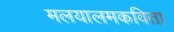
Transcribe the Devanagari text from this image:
मलयालमकविता